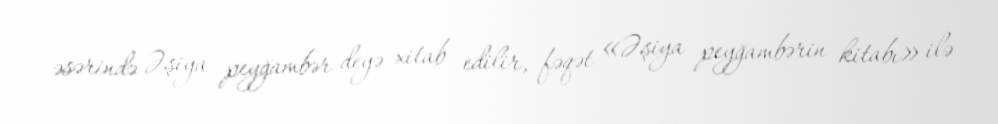
əsərində Əşiya peyğambər deyə xitab edilir, fəqət «Əşiya peyğambərin kitabı» ilə